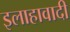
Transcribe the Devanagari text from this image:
इलाहावादी